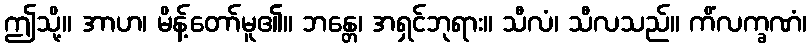
ဤသို့။ အာဟ၊ မိန့်တော်မူ၏။ ဘန္တေ၊ အရှင်ဘုရား။ သီလံ၊ သီလသည်။ ကိံလက္ခဏံ၊